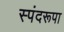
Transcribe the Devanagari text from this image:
स्पंदरूपा